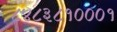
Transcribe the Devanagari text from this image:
८४८३८१०००१